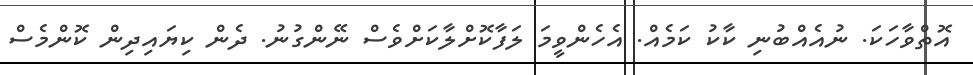
އޮތްވާހަކަ. ނުއެއްބުނި ކާކު ކަމެއް. އެހެންވީމަ ލަފާކޮށްލާކަށްވެސް ނޭންގުނު. ދެން ކިޔައިދިން ކޮންމެސް